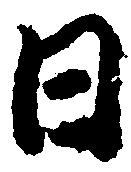
日